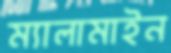
ম্যালামাইন